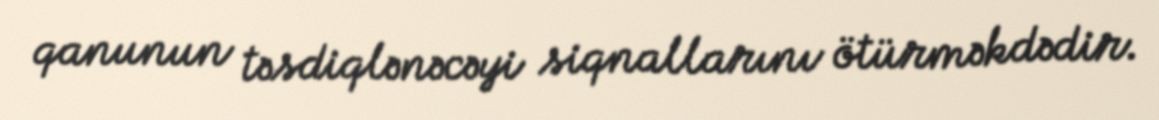
qanunun təsdiqlənəcəyi siqnallarını ötürməkdədir.